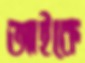
আইকে